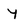
Character: Y